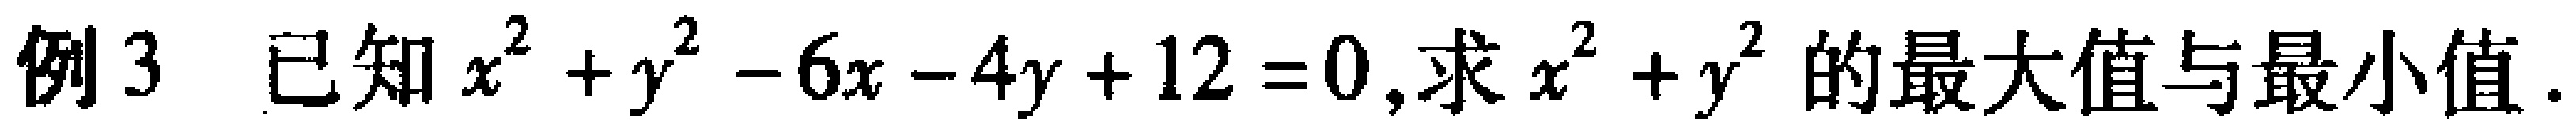
例3 已知$x^{2}+y^{2}-6x - 4y + 12 = 0$,求$x^{2}+y^{2}$的最大值与最小值.